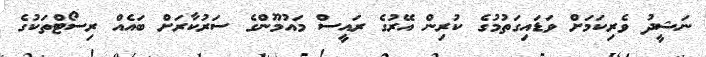
ނަޝީދު ވެރިކަމަށް ވަޑައިގަތުމުގެ ކުރިން އޭރުގެ ރައީސް މައުމޫންގެ ސަރުކާރަށް ބައެއް ރިސޯޓްތަކުގެ